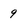
Character: 9